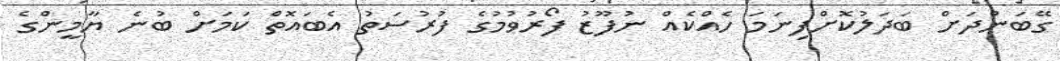
ގޭބަންދަށް ބަދަލުކޮށްފިނަމަ ހެއްކެއް ނުފޫޒު ފޯރުވުމުގެ ފުރުސަތު އެބައޮތް ކަމަށް ބުނެ ޔާމީންގެ